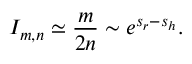
I _ { m , n } \simeq \frac { m } { 2 n } \sim e ^ { s _ { r } - s _ { h } } .